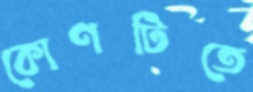
কোণটিতে